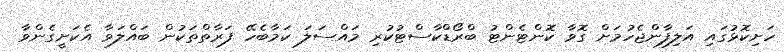
ހަށިކޮޅުގައި އަލިފާންޖެހުމަށް ގޮވާ ކޮންޓެންޓު ބްރޯޑްކާސްޓުކުރި މައްސަލަ ކަމާބެހޭ ފަރާތްތަކުން ބައްލަވާ އެކަށީގެންވާ